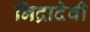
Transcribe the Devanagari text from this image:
निद्रादेवी